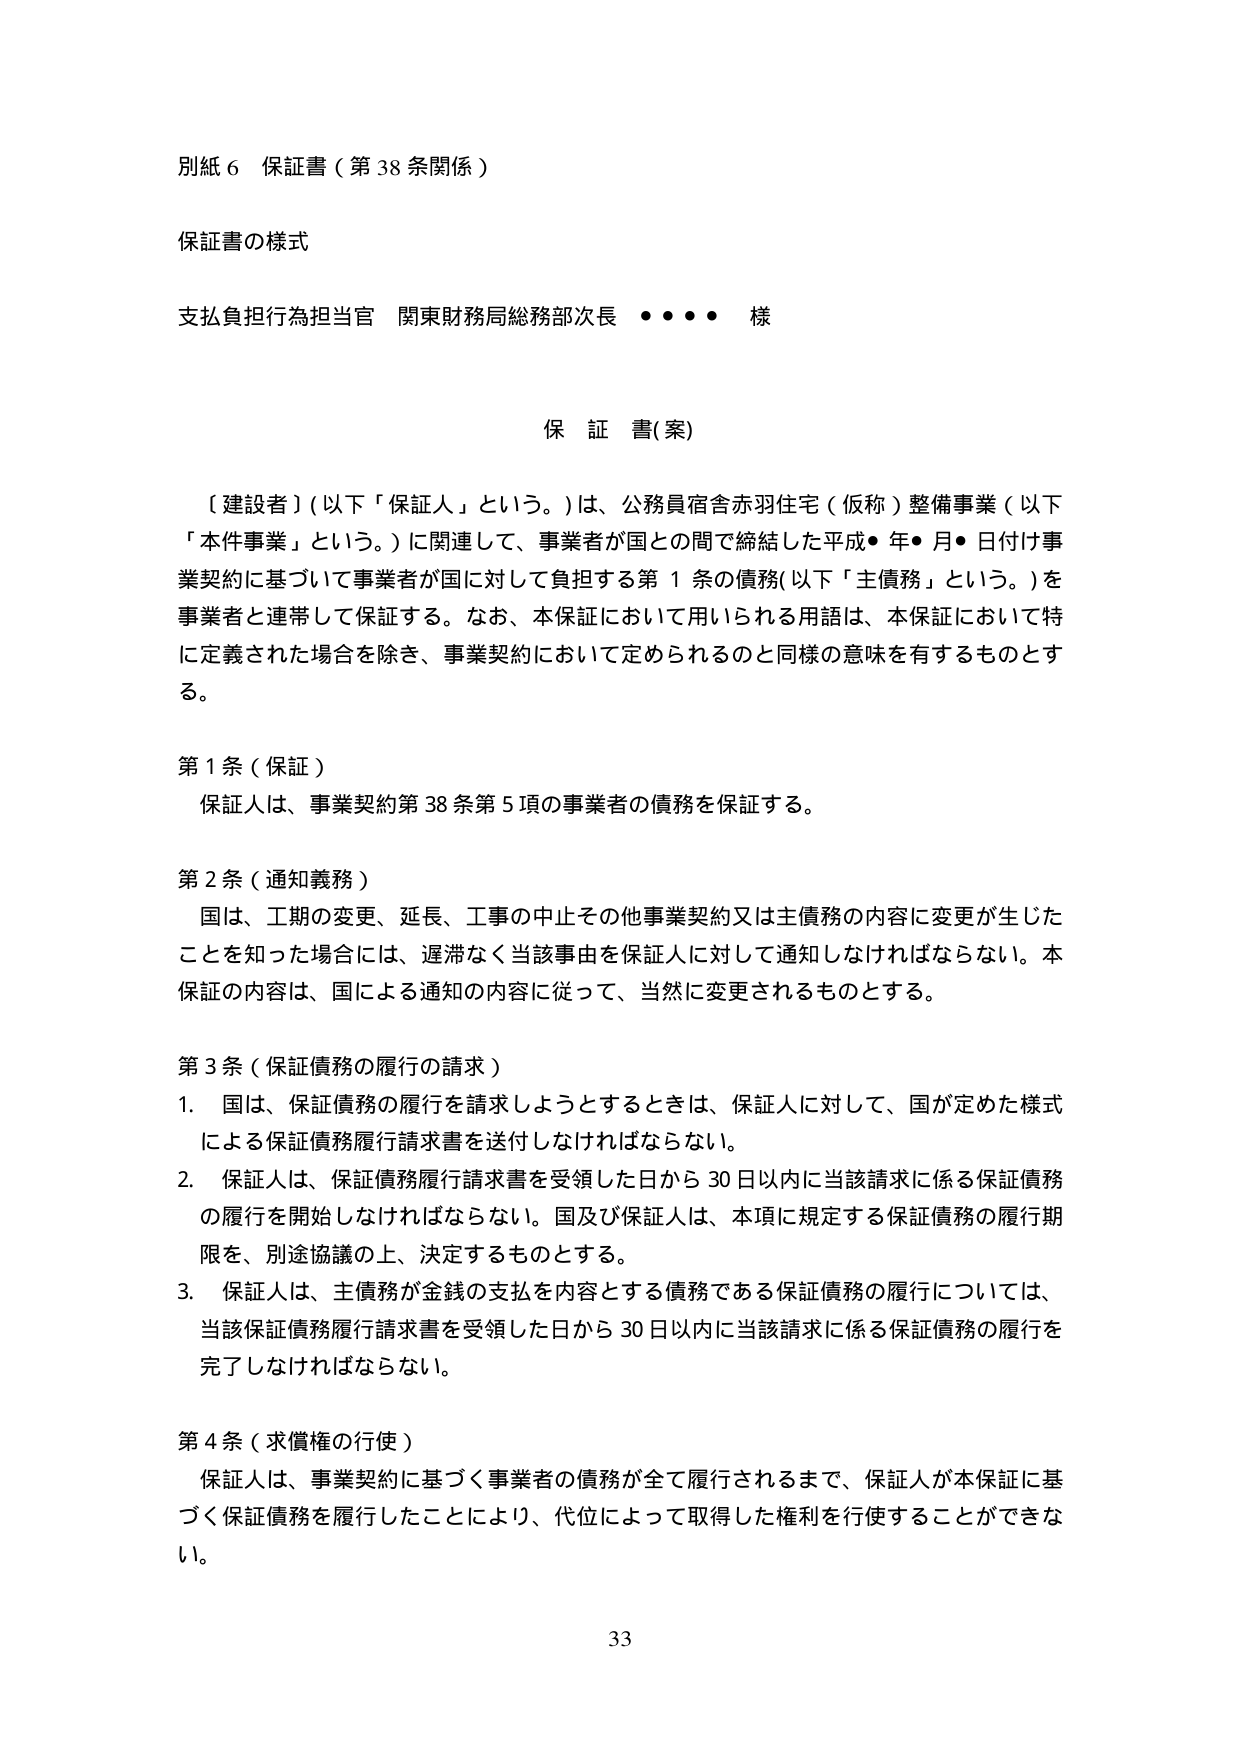
別紙６ 保証書（第38条関係）

保証書の様式

支払負担行為担当官 関東財務局総務部次長 ・・・・ 様

保 証 書（案）

〔建設者〕（以下「保証人」という。）は、公務員宿舎赤羽住宅（仮称）整備事業（以下「本件事業」という。）に関連して、事業者が国との間で締結した平成●年●月●日付け事業契約に基づいて事業者が国に対して負担する第１条の債務（以下「主債務」という。）を事業者と連帯して保証する。なお、本保証において用いられる用語は、本保証において特に定義された場合を除き、事業契約において定められるのと同様の意味を有するものとする。

第１条（保証）
保証人は、事業契約第38条第5項の事業者の債務を保証する。

第２条（通知義務）
国は、工期の変更、延長、工事の中止その他事業契約又は主債務の内容に変更が生じたことを知った場合には、遅滞なく当該事由を保証人に対して通知しなければならない。本保証の内容は、国による通知の内容に従って、当然に変更されるものとする。

第３条（保証債務の履行の請求）
1. 国は、保証債務の履行を請求しようとするときは、保証人に対して、国が定めた様式による保証債務履行請求書を送付しなければならない。
2. 保証人は、保証債務履行請求書を受領した日から30日以内に当該請求に係る保証債務の履行を開始しなければならない。国及び保証人は、本項に規定する保証債務の履行期限を、別途協議の上、決定するものとする。
3. 保証人は、主債務が金銭の支払を内容とする債務である保証債務の履行については、当該保証債務履行請求書を受領した日から30日以内に当該請求に係る保証債務の履行を完了しなければならない。

第４条（求償権の行使）
保証人は、事業契約に基づく事業者の債務が全て履行されるまで、保証人が本保証に基づく保証債務を履行したことにより、代位によって取得した権利を行使することができない。

33